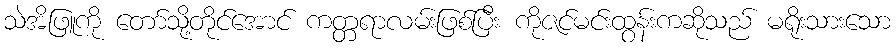
သဲအိဖြူကို တော်သို့တိုင်အောင် ကတ္တရာလမ်းဖြစ်ပြီး ကိုဇင်မင်းထွန်းကဆိုသည် မရိုးသားသော